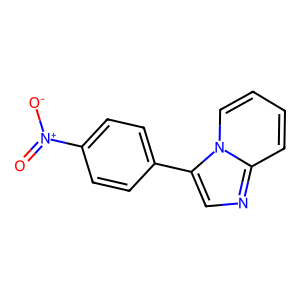
SMILES: O=[N+]([O-])c1ccc(-c2cnc3ccccn23)cc1
Inhibits HIV replication: No